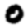
Digit: 0